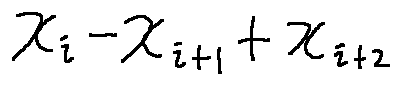
x _ { i } - x _ { i + 1 } + x _ { i + 2 }